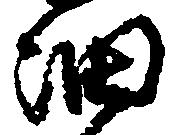
細